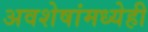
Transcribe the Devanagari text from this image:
अवशेषांमध्येही